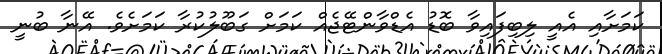
ކަމަށާއި އެއީ ލިބިފައިވާ ބޮޑު އެޑްވާންޓޭޖެއް ކަމަށް ގަބޫލުކުރާ ކަމަށެވެ. އޭނާ ބުނީ